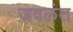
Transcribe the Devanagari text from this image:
जवलंत